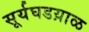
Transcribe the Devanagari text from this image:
सूर्यघडय़ाळ